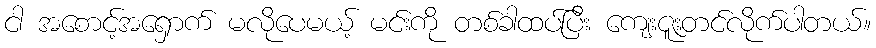
ငါ အစောင့်အရှောက် မလိုပေမယ့် မင်းကို တစ်ခါထပ်ပြီး ကျေးဇူးတင်လိုက်ပါတယ်။